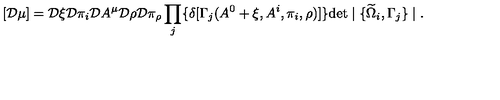
[ { \cal D } \mu ] = { \cal D } \xi { \cal D } \pi _ { i } { \cal D } A ^ { \mu } { \cal D } \rho { \cal D } \pi _ { \rho } \prod _ { j } \{ \delta [ \Gamma _ { j } ( A ^ { 0 } + \xi , A ^ { i } , \pi _ { i } , \rho ) ] \} \mathrm { d e t } \mid \{ \widetilde { \Omega } _ { i } , \Gamma _ { j } \} \mid .